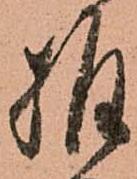
推